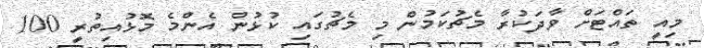
މިއީ ތައްޓަށް ވާދަކުރާ މެޗުކަމުން މި މެޗުގައި ކުޅުން އެންމެ މޮޅުއިތުރީ 100